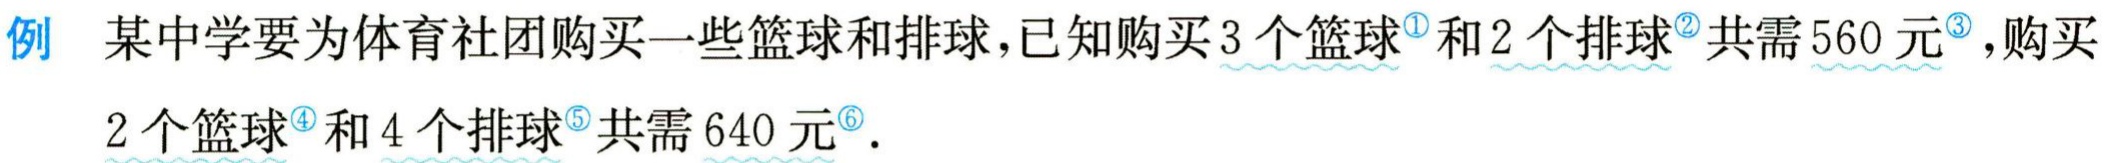
例 某中学要为体育社团购买一些篮球和排球,已知购买3个篮球$^{\circled{1}}$和2个排球$^{\circled{2}}$共需560元$^{\circled{3}}$,购买2个篮球$^{\circled{4}}$和4个排球$^{\circled{5}}$共需640元$^{\circled{6}}$.